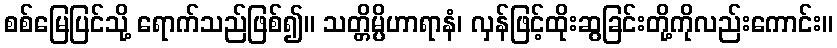
စစ်မြေပြင်သို့ ရောက်သည်ဖြစ်၍။ သတ္တိမ္ပိဟာရာနံ၊ လှန်ဖြင့်ထိုးဆွခြင်းတို့ကိုလည်းကောင်း။